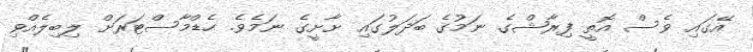
އޭގައި ވެސް އޮތީ ފިރާޝްގެ ނަމުގެ ބަދަލުގައި ށާށީގެ ނަމެވެ. ހެޑްމާސްޓަރަށް ލިބިލެއްވި